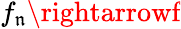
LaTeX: f_{\mathfrak{n}}\rightarrowf